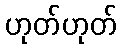
ဟုတ်ဟုတ်